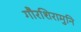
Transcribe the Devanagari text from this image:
गौरशिरामुनि